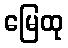
မြေထု